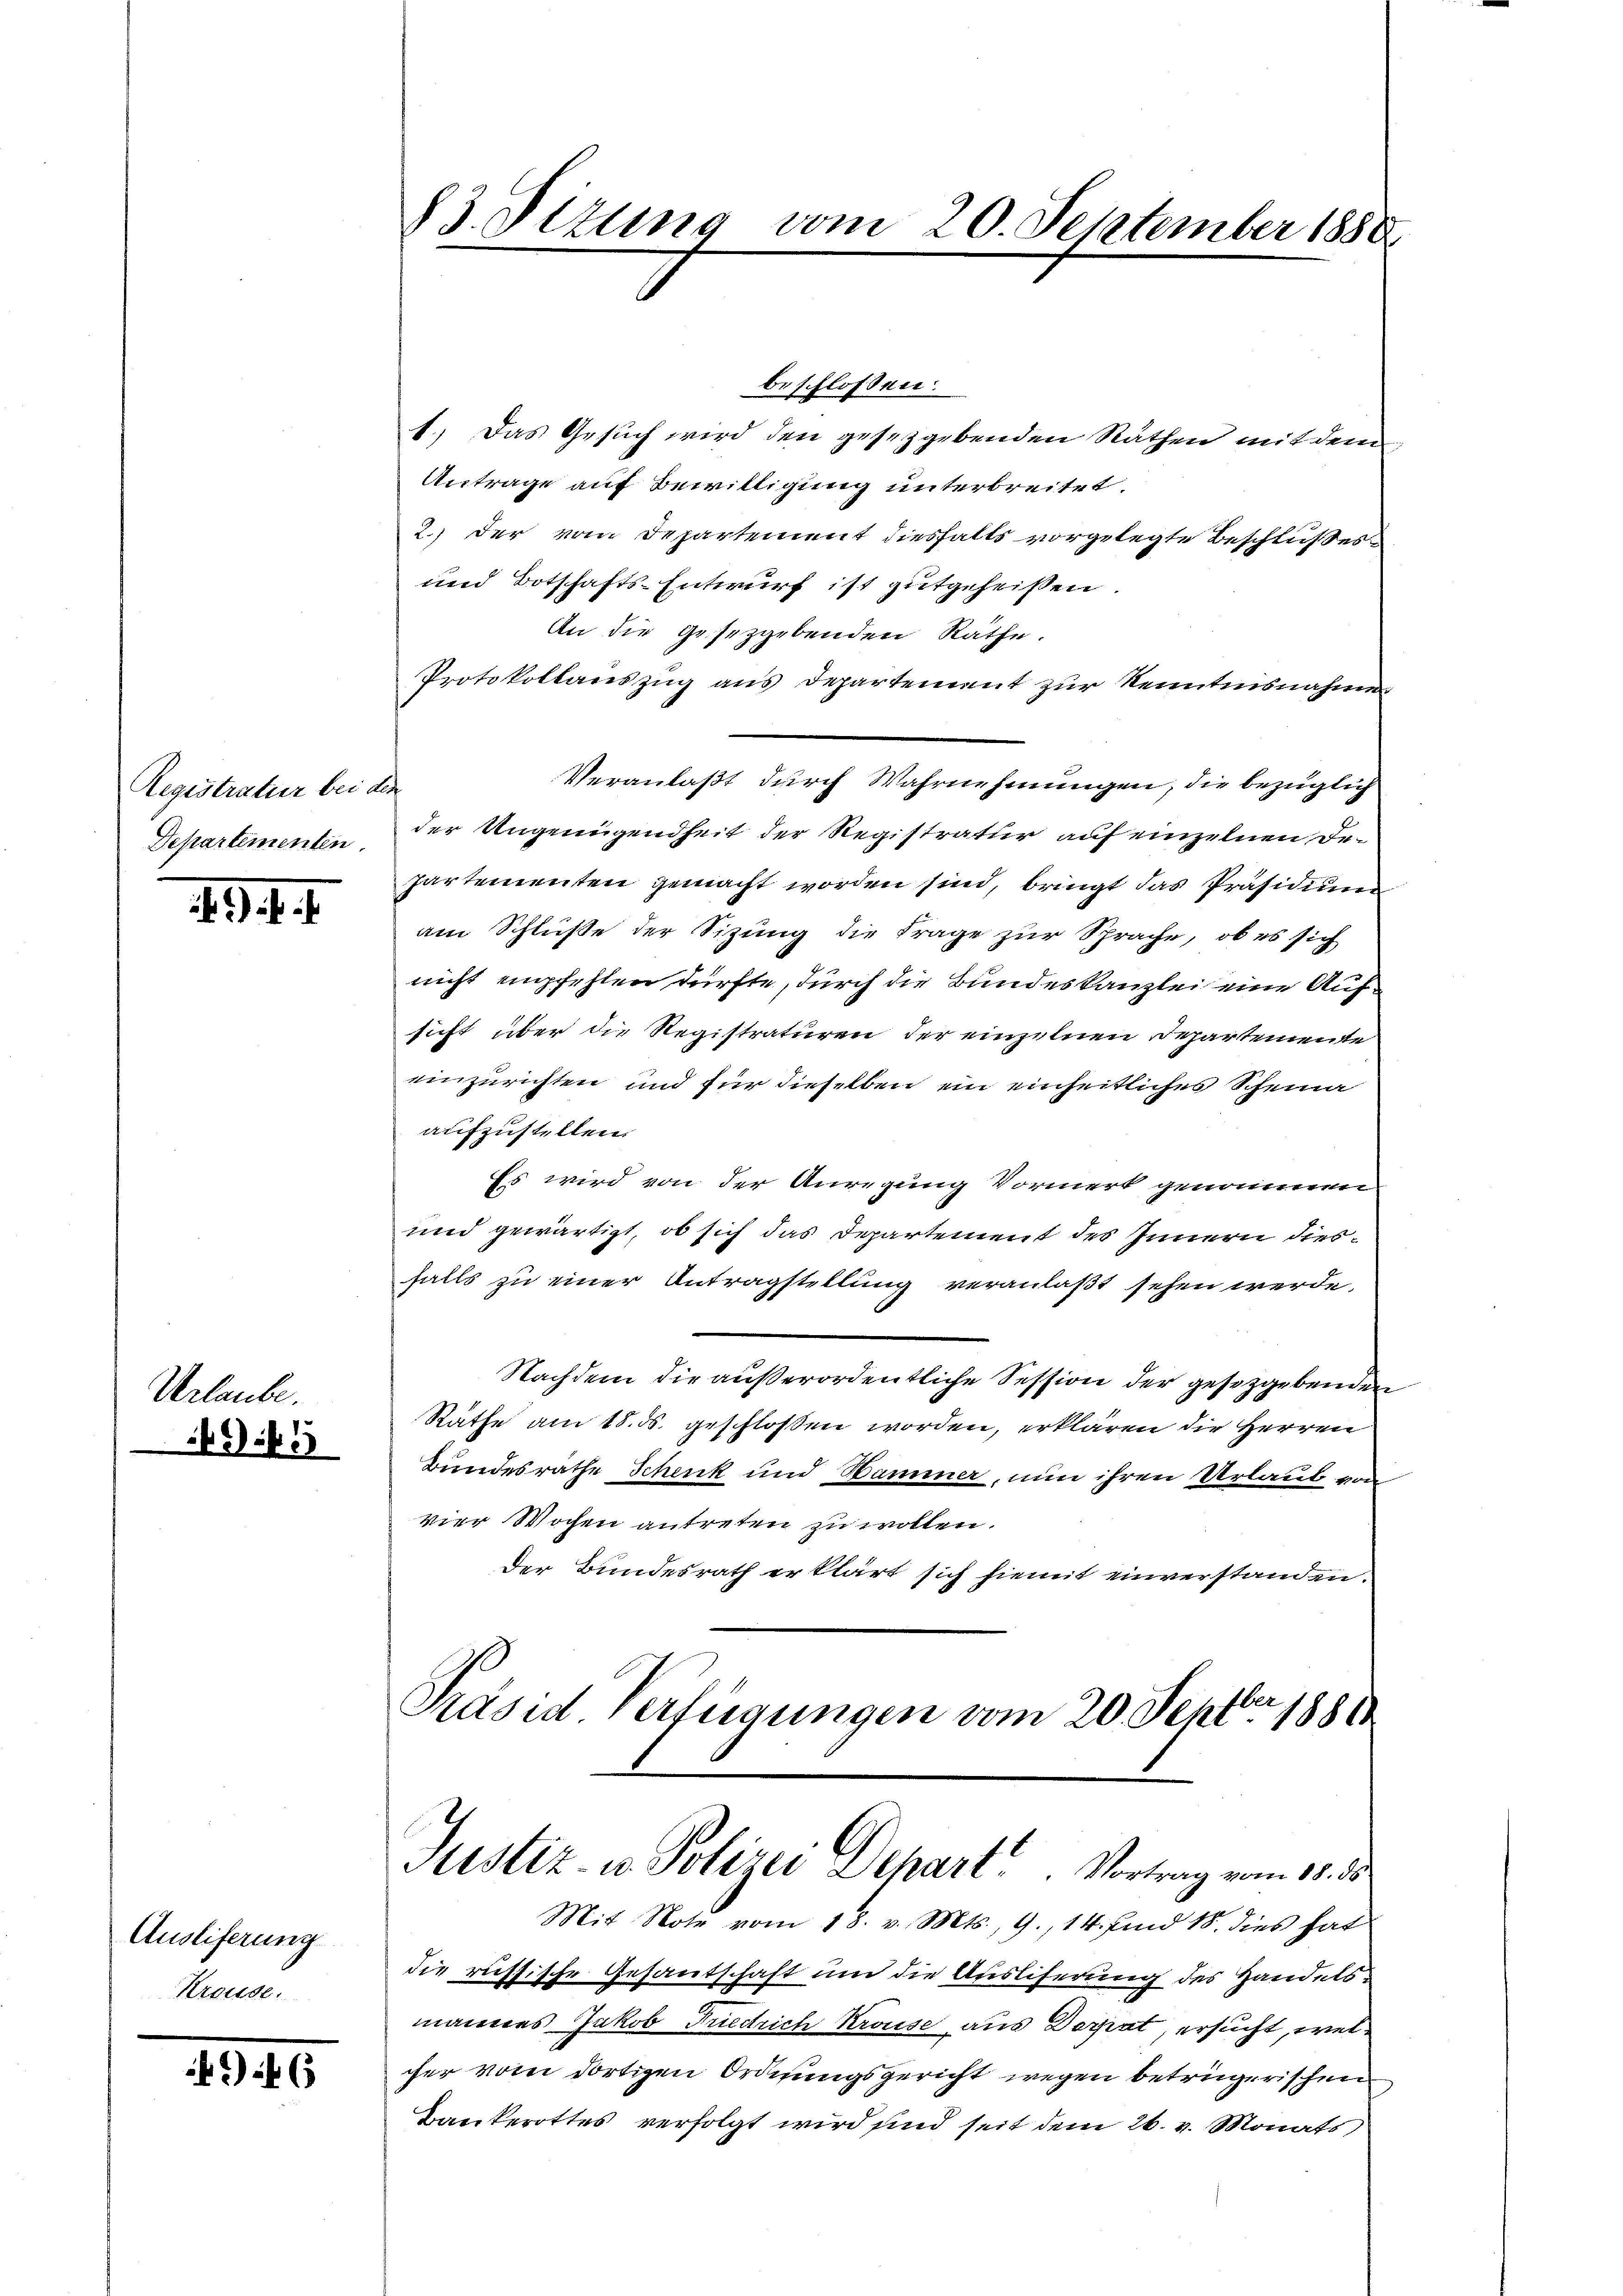
Registratur bei den
Departementen

Urlaube.

.G. 1. 1

f 33

Ausliferung
Kreuse.

6

beschlossen:
1.) Das Gesuch wird den gesetzgebenden Räthen mit deren
Antrage auf Bewilligung unterbreitet.
2.) Der vom Departement diesfalls vorgelegte Beschlußes
und Botschafts-Entwurf ist gutgeheißen.
An die gesetzgebenden Räthe.
Protokollauszug aus Departement zur Kenntnisnahme
Veranlaßt durch Wahrnehmungen, die bezüglich
der Ungenügendheit der Registratur auf einzelnen, de¬
Partementen gemacht worden sind, bringt das Präsidium
am Schlüße der Sitzung die Frage zur Sprache, ob es sich
nicht empfehlen dürfte, durch die Bundeskanzlei eine Aufsicht über die Registraturen der einzelnen Departemente
einzurichten und für dieselben ein einheitliches Scheina
aufzustellen.
Es wird von der Anregung Vormerk genommen
und gewärtigt, ob sich das Departement des Innern diesfalls zu einer Antragstellung veranlaßt sehen werde.
Nachdem die außerordentliche Session der gesetzgebenden
Räthe am 18. ds. geschlossen worden, erklären die Herren
Bundesrathe Schenk und Hammer, nun ihren Urlaub von
vier Wochen antreten zu wollen.
Der Bundesrath erklärt sich hiemit einverstanden.
Präsid. Verfügungen vom 20. Sept. 1880.

83. Sizung vom 20. September 1880

Justiz- u. Polizei Depart. Vortrag vom 1. d.

Mit Note vom 18. v. Mts., 9., 14. find 18. dies hat
die rüstische Gesantschaft um die Ausliferung des Handelsmannes Jakob Friedrich Krouse aus Derrat, ersucht, welcher vom dortigen Ordnungsgericht wegen betrügerischen
Bankerottes verfolgt wird sind seit dem 26. v. Monats